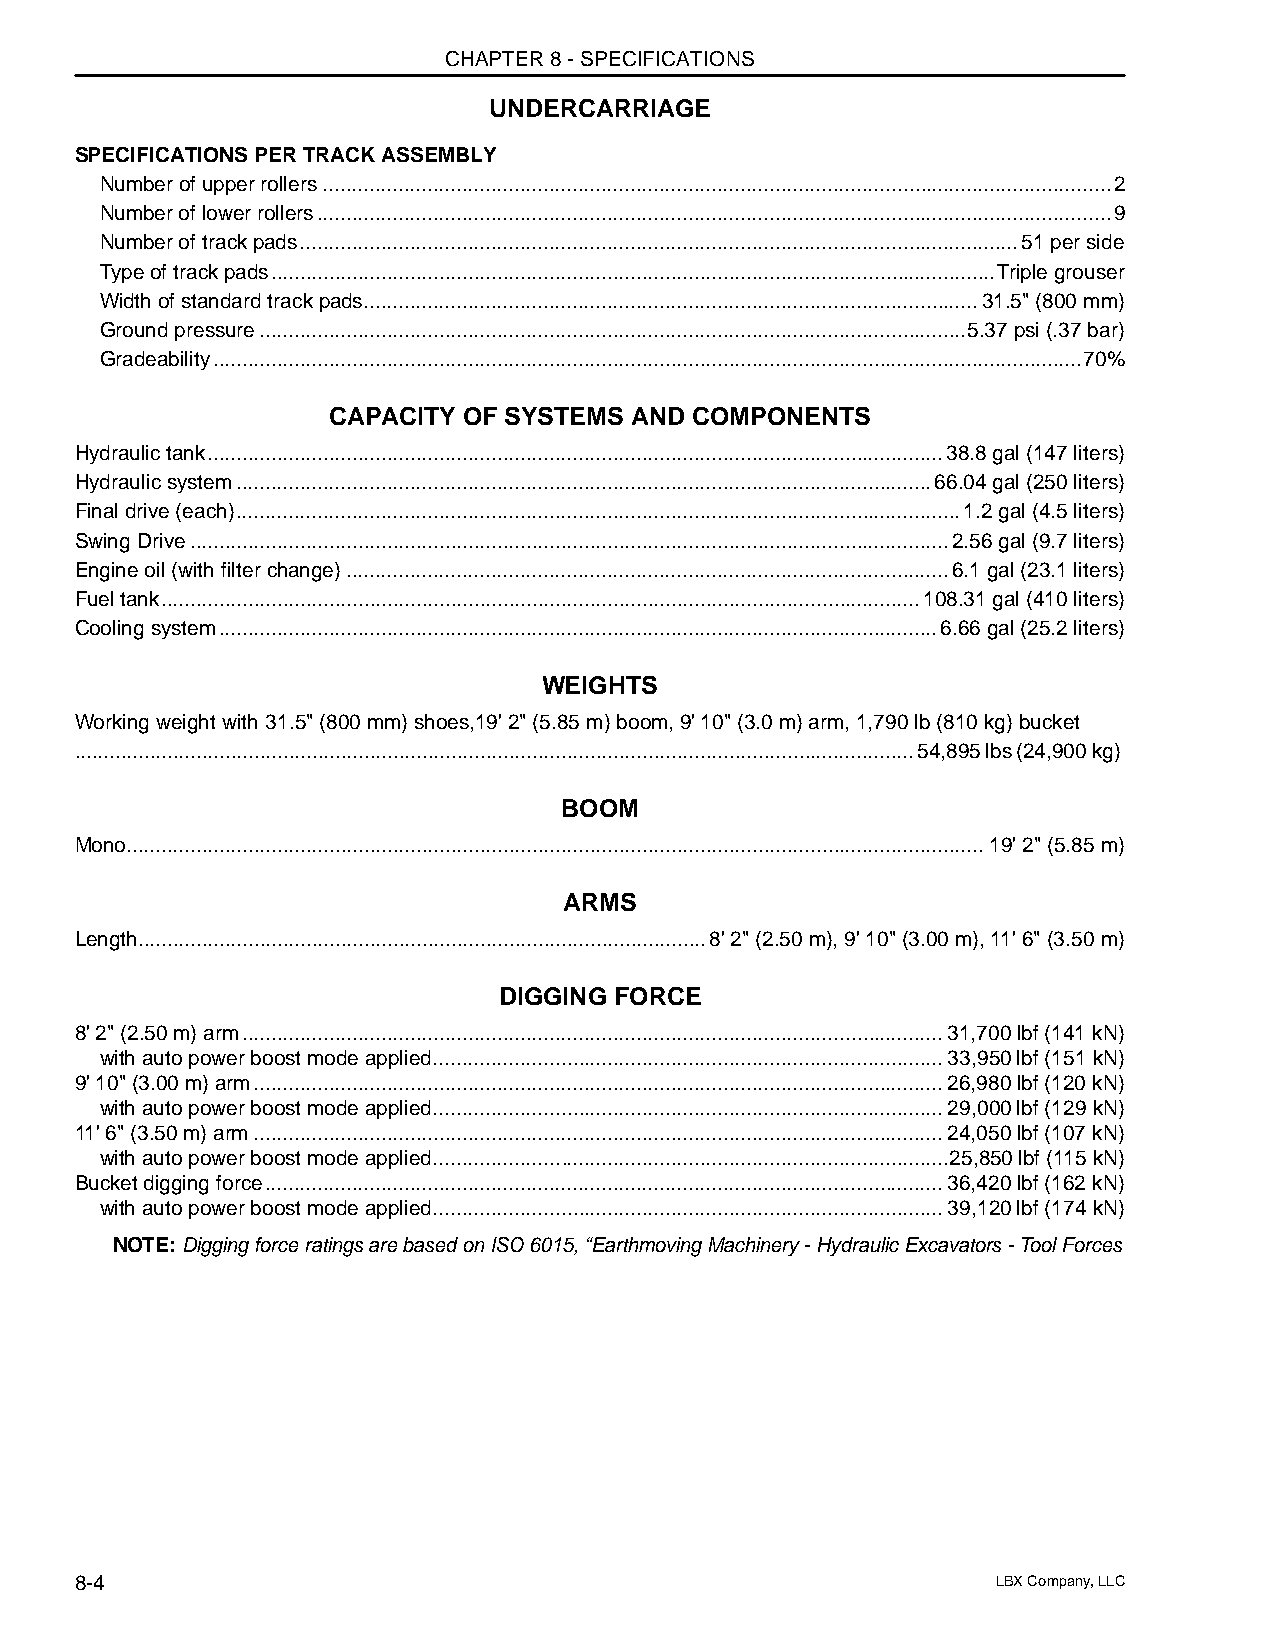
CHAPTER 8 - SPECIFICATIONS
 UNDERCARRIAGE
 SPECIFICATIONS PER TRACK ASSEMBLY
 Number of upper rollers........................................................................................................................................2
 Number of lower rollers.........................................................................................................................................9
 Number of track pads............................................................................................................................51 per side
 Type of track pads.............................................................................................................................Triple grouser
 Width of standard track pads..........................................................................................................31.5" (800 mm)
 Ground pressure..........................................................................................................................5.37 psi (.37 bar)
 Gradeability......................................................................................................................................................70%
 CAPACITY OF SYSTEMS AND COMPONENTS
 Hydraulic tank...............................................................................................................................38.8 gal (147 liters)
 Hydraulic system........................................................................................................................66.04 gal (250 liters)
 Final drive (each).............................................................................................................................1.2 gal (4.5 liters)
 Swing Drive...................................................................................................................................2.56 gal (9.7 liters)
 Engine oil (with filter change)........................................................................................................6.1 gal (23.1 liters)
 Fuel tank...................................................................................................................................108.31 gal (410 liters)
 Cooling system............................................................................................................................6.66 gal (25.2 liters)
 WEIGHTS
 Working weight with 31.5" (800 mm) shoes,19' 2" (5.85 m) boom, 9' 10" (3.0 m) arm, 1,790 lb (810 kg) bucket
 .................................................................................................................................................54,895 lbs (24,900 kg)
 BOOM
 Mono....................................................................................................................................................19' 2" (5.85 m)
 ARMS
 Length..................................................................................................8' 2" (2.50 m), 9' 10" (3.00 m), 11' 6" (3.50 m)
 DIGGING FORCE
 8' 2" (2.50 m) arm.........................................................................................................................31,700 lbf (141 kN)
 with auto power boost mode applied........................................................................................33,950 lbf (151 kN)
 9' 10" (3.00 m) arm.......................................................................................................................26,980 lbf (120 kN)
 with auto power boost mode applied........................................................................................29,000 lbf (129 kN)
 11' 6" (3.50 m) arm.......................................................................................................................24,050 lbf (107 kN)
 with auto power boost mode applied.........................................................................................25,850 lbf (115 kN)
 Bucket digging force.....................................................................................................................36,420 lbf (162 kN)
 with auto power boost mode applied........................................................................................39,120 lbf (174 kN)
 NOTE: Digging force ratings are based on ISO 6015, “Earthmoving Machinery - Hydraulic Excavators - Tool Forces
 8-4                                                          LBX Company, LLC